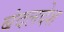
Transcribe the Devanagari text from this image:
बंदलदेश